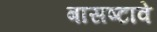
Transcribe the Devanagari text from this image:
बासष्टावे